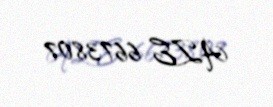
AZE 6673807